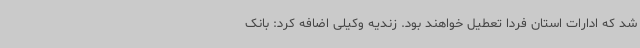
شد که ادارات استان فردا تعطیل خواهند بود. زندیه وکیلی اضافه کرد: بانک